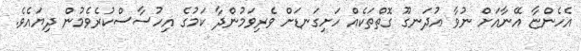
އެހެންޏާ އޭނާއަށް ނުވާ އުދަނގޫ ގޮތްތަކެއް ހަށިގަނޑަށް ވެރިވަމުންދާ ކަމުގެ އިހުސާސްކުރެވެމުން ދިޔައެވެ.